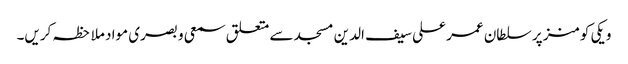
ویکی کومنز پر سلطان عمر علی سیف الدین مسجد سے متعلق سمعی و بصری مواد ملاحظہ کریں۔